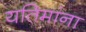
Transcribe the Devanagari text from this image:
यतिमांना